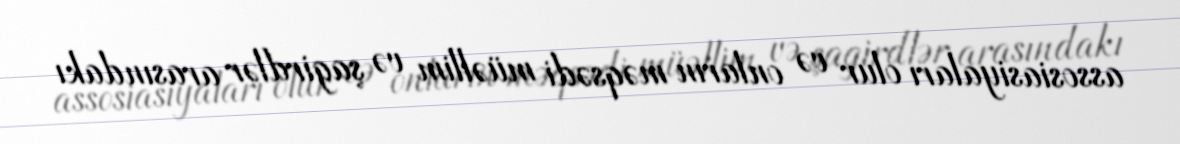
assosiasiyaları olur və onların məqsədi müəllim və şagirdlər arasındakı